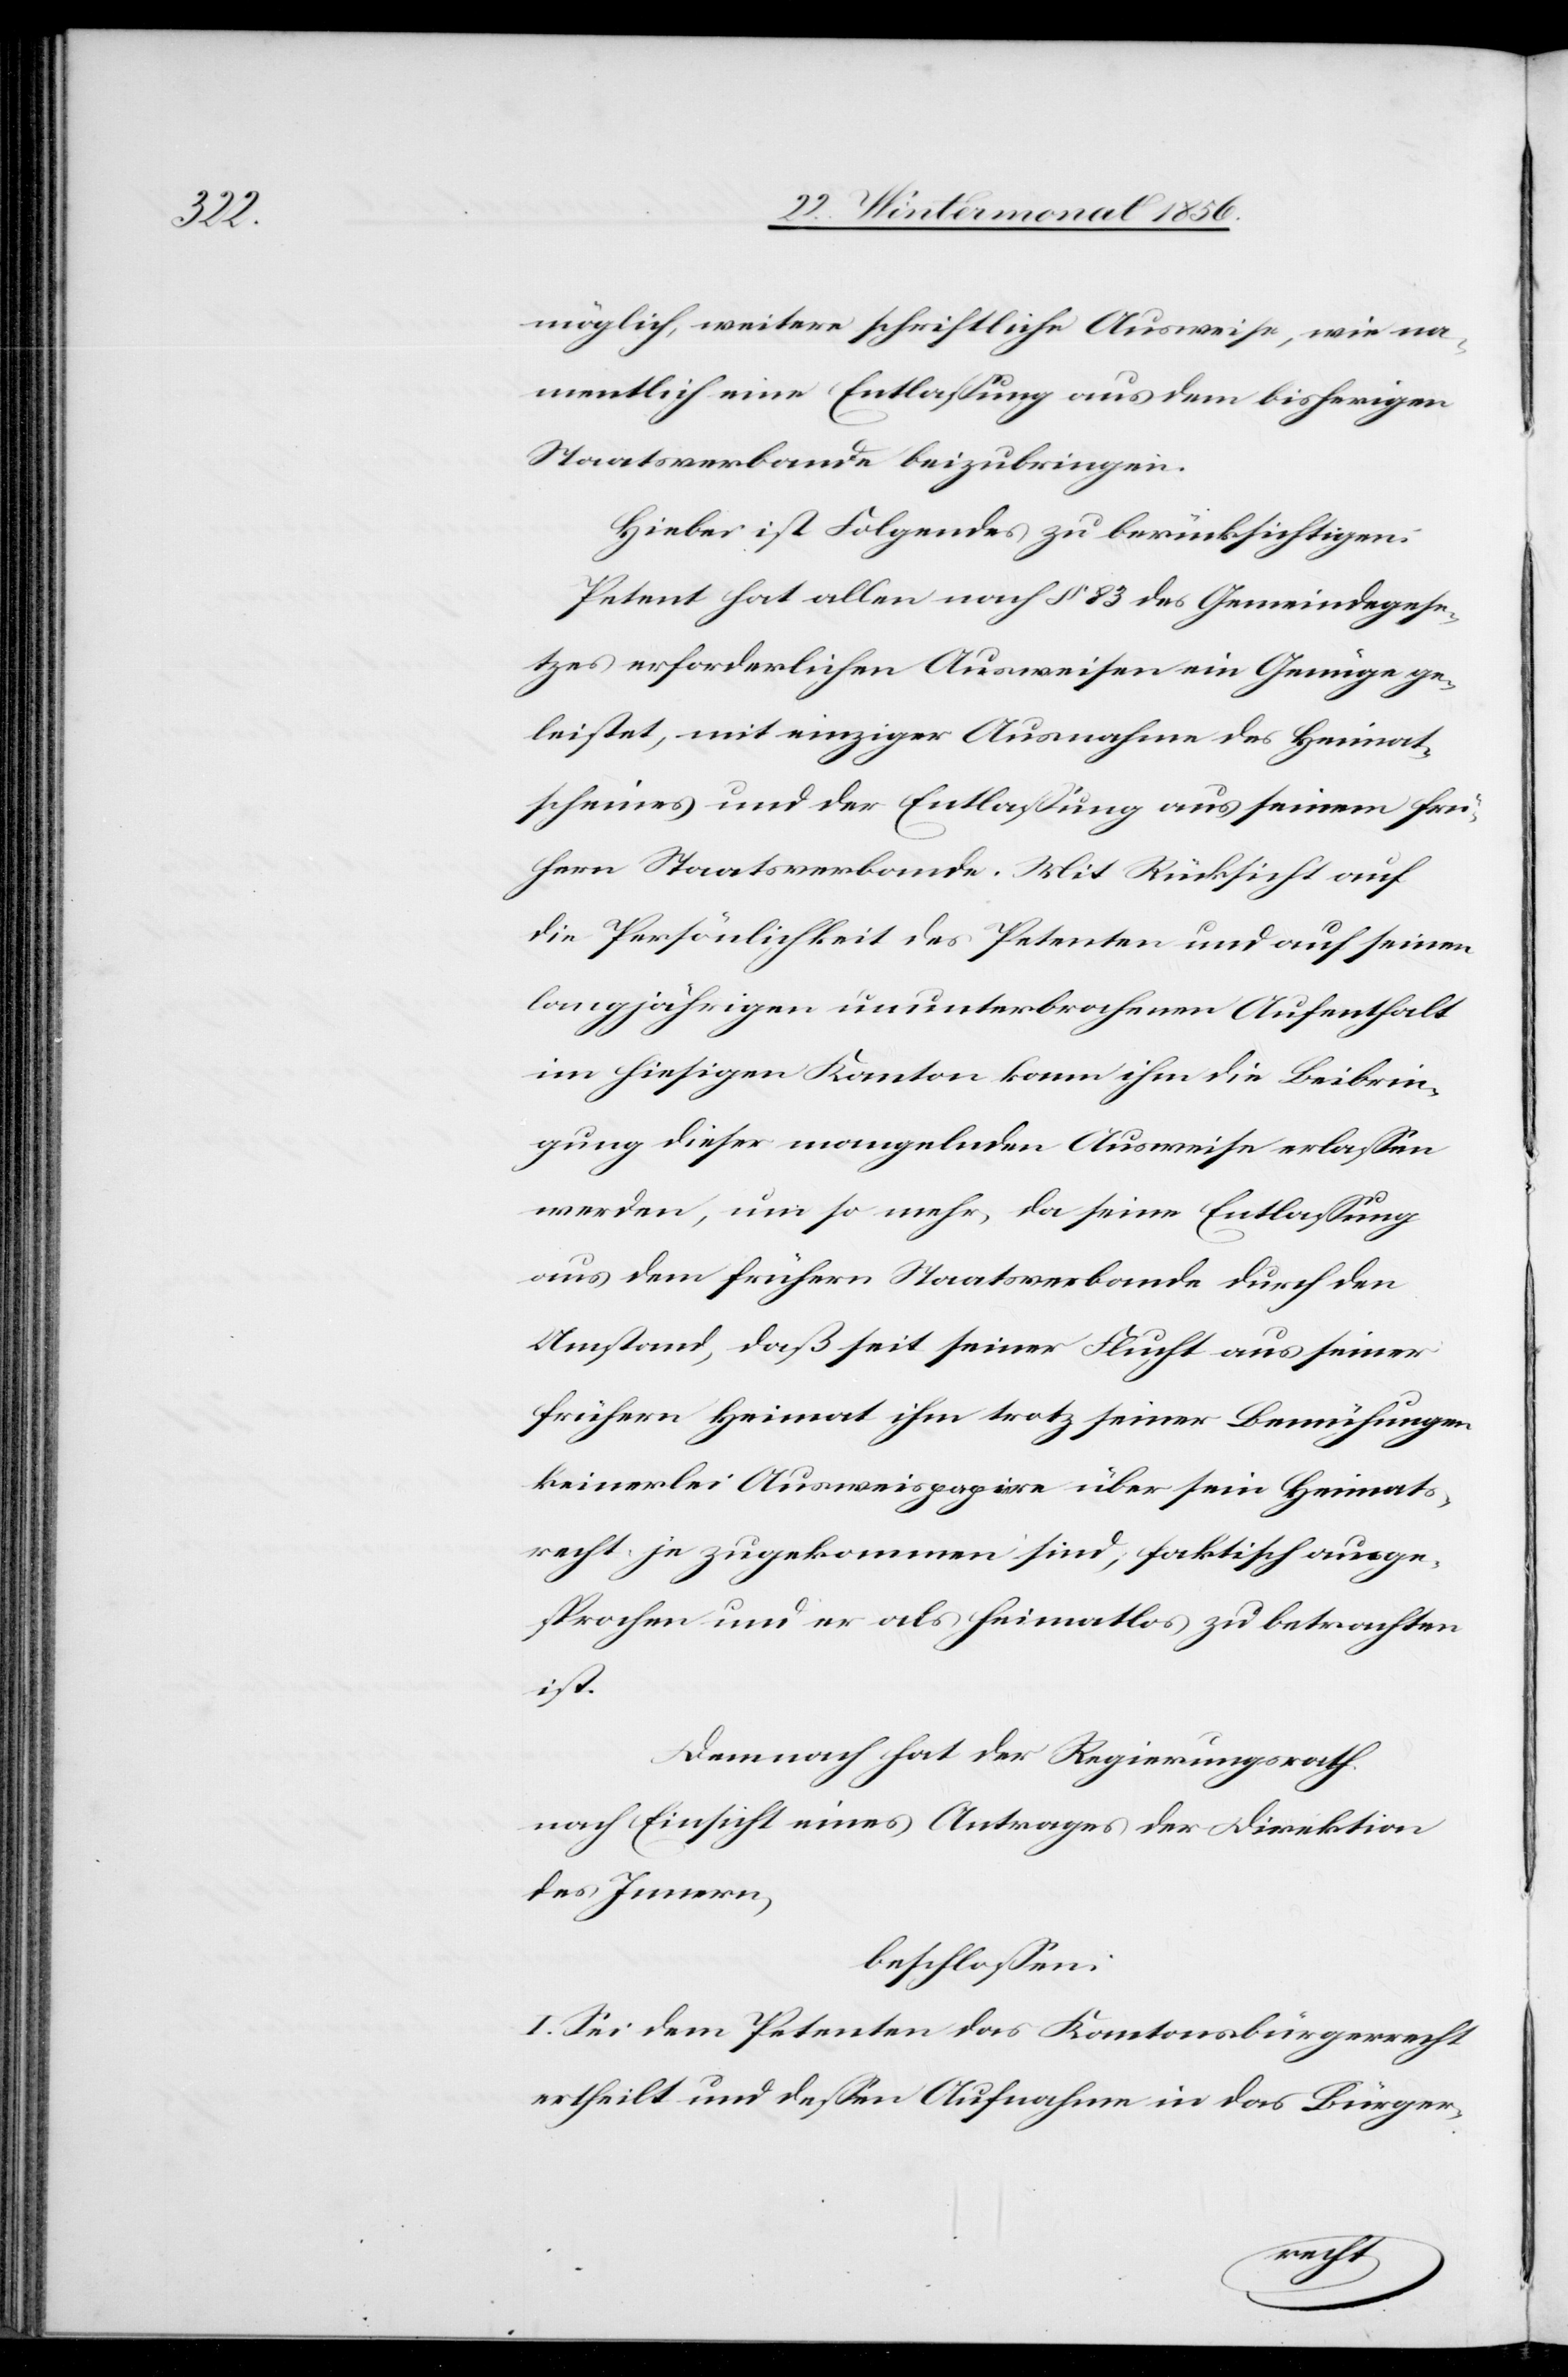
möglich, weitere schriftliche Ausweise, wie na¬
mentlich eine Entlassung aus dem bisherigen
Staatsverbande beizubringen.
Hiebei ist Folgendes zu berücksichtigen:
Petent hat allen nach § 83 des Gemeindegese¬
tzes erforderlichen Ausweisen ein Genüge ge¬
leistet, mit einziger Ausnahme des Heimat¬
scheines und der Entlassung aus seinem frü¬
hern Staatsverbande. Mit Rücksicht auf
die Persönlichkeit des Petenten und auf seinen
langjährigen ununterbrochenen Aufenthalt
im hiesigen Kanton kann ihm die Beibrin¬
gung dieser mangelnden Ausweise erlassen
werden, um so mehr, da seine Entlassung
aus dem frühern Staatsverbande durch den
Umstand, daß seit seiner Flucht aus seiner
frühern Heimat ihm trotz seiner Bemühungen
keinerlei Ausweispapiere über sein Heimats¬
recht je zugekommen sind, faktisch ausge¬
sprochen und er als heimatlos zu betrachten
ist.
Demnach hat der Regierungsrath
nach Einsicht eines Antrages der Direktion
des Innern,
beschlossen:
I. Sei dem Petenten das Kantonsbürgerrecht
ertheilt und dessen Aufnahme in das Bürger-